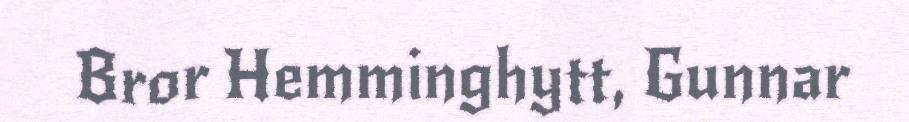
Bror Hemminghytt, Gunnar